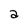
Character: a